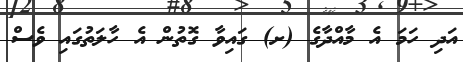
އަދި ހަމަ އެ މާއްދާގެ (ށ) ގައިވާ ގޮތުން އެ ހާލަތުގައި ވެސް